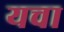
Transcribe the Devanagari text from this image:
यचा